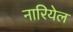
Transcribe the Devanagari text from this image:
नारियेल